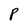
Character: P